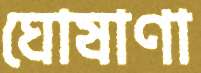
ঘোষাণা